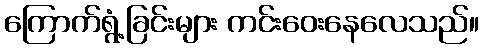
ကြောက်ရွံ့ခြင်းများ ကင်းဝေးနေလေသည်။